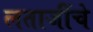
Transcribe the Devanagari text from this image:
लताजींचे